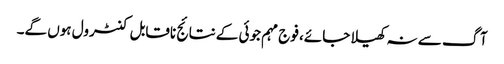
آگ سے نہ کھیلا جائے، فوج مہم جوئی کے نتائج ناقابل کنٹرول ہوں گے۔